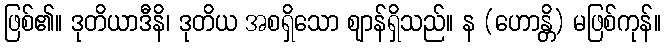
ဖြစ်၏။ ဒုတိယာဒီနိ၊ ဒုတိယ အစရှိသော ဈာန်ရှိသည်။ န (ဟောန္တိ) မဖြစ်ကုန်။